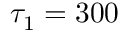
\tau _ { 1 } = 3 0 0